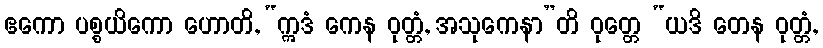
ဧကော ပစ္စယိကော ဟောတိ, “ဣဒံ ကေန ဝုတ္တံ, အသုကေနာ”တိ ဝုတ္တေ “ယဒိ တေန ဝုတ္တံ,